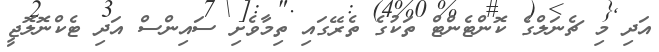
އަދި މި ޗެނަލްގެ ކޮންޓެންޓް ތަކުގެ ތެރޭގައި ތިމާވެށި ސައިންސް އަދި ޓެކްނޮލޮޖީ